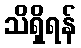
သိရှိရန်